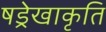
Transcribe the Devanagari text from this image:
षड्रेखाकृति